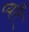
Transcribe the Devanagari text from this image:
प्यारै